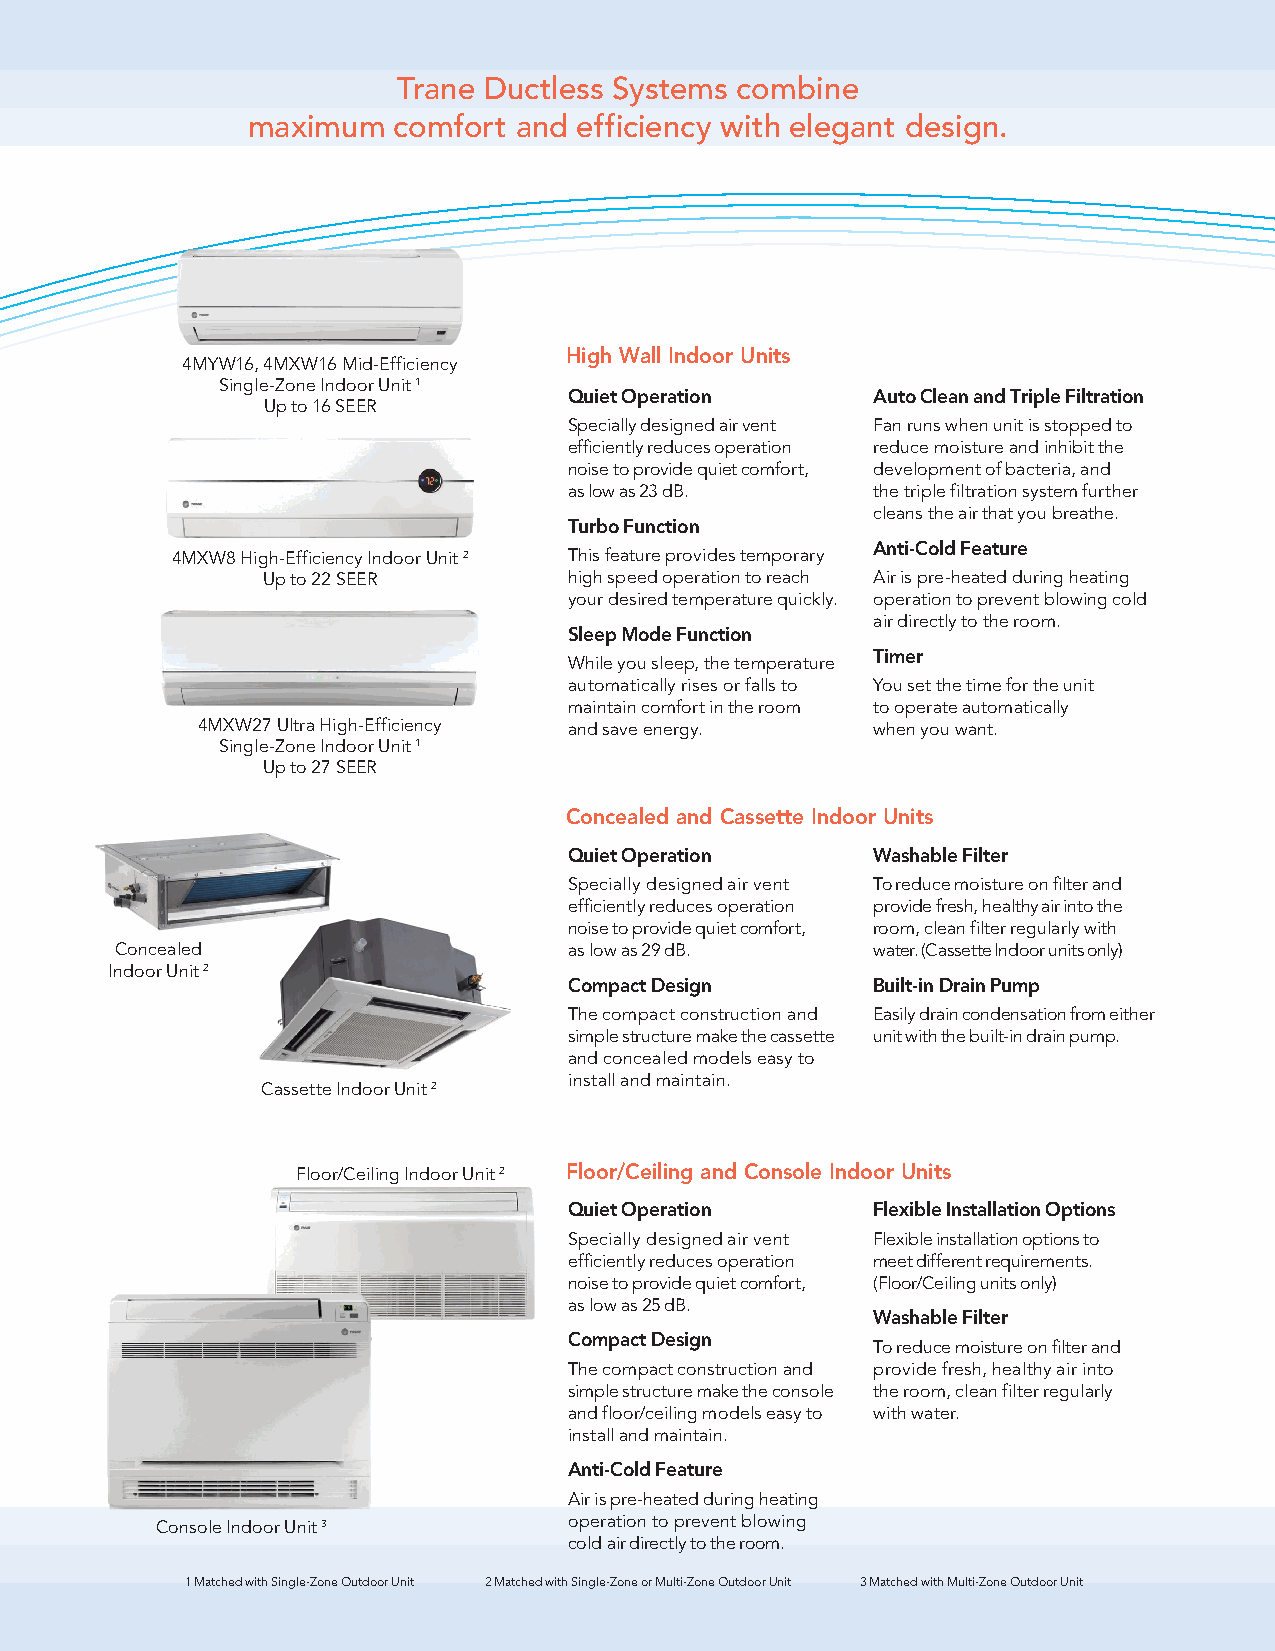
Trane Ductless Systems combine
 maximum   comfort and efficiency with elegant design.
 High Wall Indoor Units
 4MYW16, 4MXW16 Mid-Efficiency
 Single-Zone Indoor Unit 1
 Quiet Operation     Auto Clean and Triple Filtration
 Up to 16 SEER
 Specially designed air vent Fan runs when unit is stopped to
 efficiently reduces operation reduce moisture and inhibit the
 noise to provide quiet comfort, development of bacteria, and
 as low as 23 dB.    the triple filtration system further
 cleans the air that you breathe.
 Turbo Function
 Anti-Cold Feature
 4MXW8 High-Efficiency Indoor Unit 2 This feature provides temporary
 Up to 22 SEER        high speed operation to reach Air is pre-heated during heating
 your desired temperature quickly. operation to prevent blowing cold
 air directly to the room.
 Sleep Mode Function
 Timer
 While you sleep, the temperature
 automatically rises or falls to You set the time for the unit
 maintain comfort in the room to operate automatically
 4MXW27 Ultra High-Efficiency and save energy. when you want.
 Single-Zone Indoor Unit 1
 Up to 27 SEER
 Concealed and Cassette Indoor Units
 Quiet Operation     Washable Filter
 Specially designed air vent To reduce moisture on filter and
 efficiently reduces operation provide fresh, healthy air into the
 noise to provide quiet comfort, room, clean filter regularly with
 Concealed                     as low as 29 dB.    water. (Cassette Indoor units only)
 Indoor Unit 2
 Compact Design      Built-in Drain Pump
 The compact construction and Easily drain condensation from either
 simple structure make the cassette unit with the built-in drain pump.
 and concealed models easy to
 install and maintain.
 Cassette Indoor Unit 2
 Floor/Ceiling Indoor Unit 2 Floor/Ceiling and Console Indoor Units
 Quiet Operation     Flexible Installation Options
 Specially designed air vent Flexible installation options to
 efficiently reduces operation meet different requirements.
 noise to provide quiet comfort, (Floor/Ceiling units only)
 as low as 25 dB.
 Washable Filter
 Compact Design
 To reduce moisture on filter and
 The compact construction and provide fresh, healthy air into
 simple structure make the console the room, clean filter regularly
 and floor/ceiling models easy to with water.
 install and maintain.
 Anti-Cold Feature
 Air is pre-heated during heating
 Console Indoor Unit 3       operation to prevent blowing
 cold air directly to the room.
 1 Matched with Single-Zone Outdoor Unit 2 Matched with Single-Zone or Multi-Zone Outdoor Unit 3 Matched with Multi-Zone Outdoor Unit